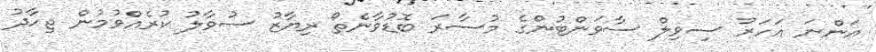
އަންނަ އަހަރު ސިވިލް ސާވަންޓުންގެ މުސާރަ ބޮޑުވާނެތޯ ރިޔާޒު ސުވާލު ކުރެއްވުމުން ޖިހާދު